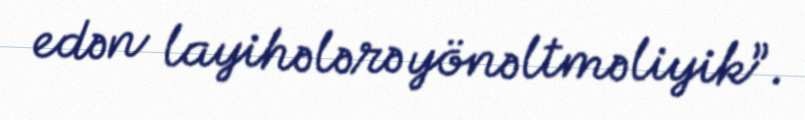
edən layihələrə yönəltməliyik”.